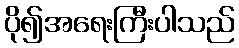
ပို၍အရေးကြီးပါသည်